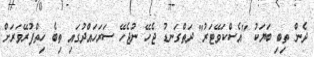
ދެން ތިބި ބަޔަކު "އެސްކަވޭޓަރު" ދަތްގަނޑު ޖެހޭ ނުޖެހޭ ސަރަހައްދުގައި ތިބެ ހިތްފުރޭވަރަށް